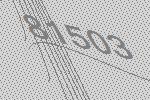
81503